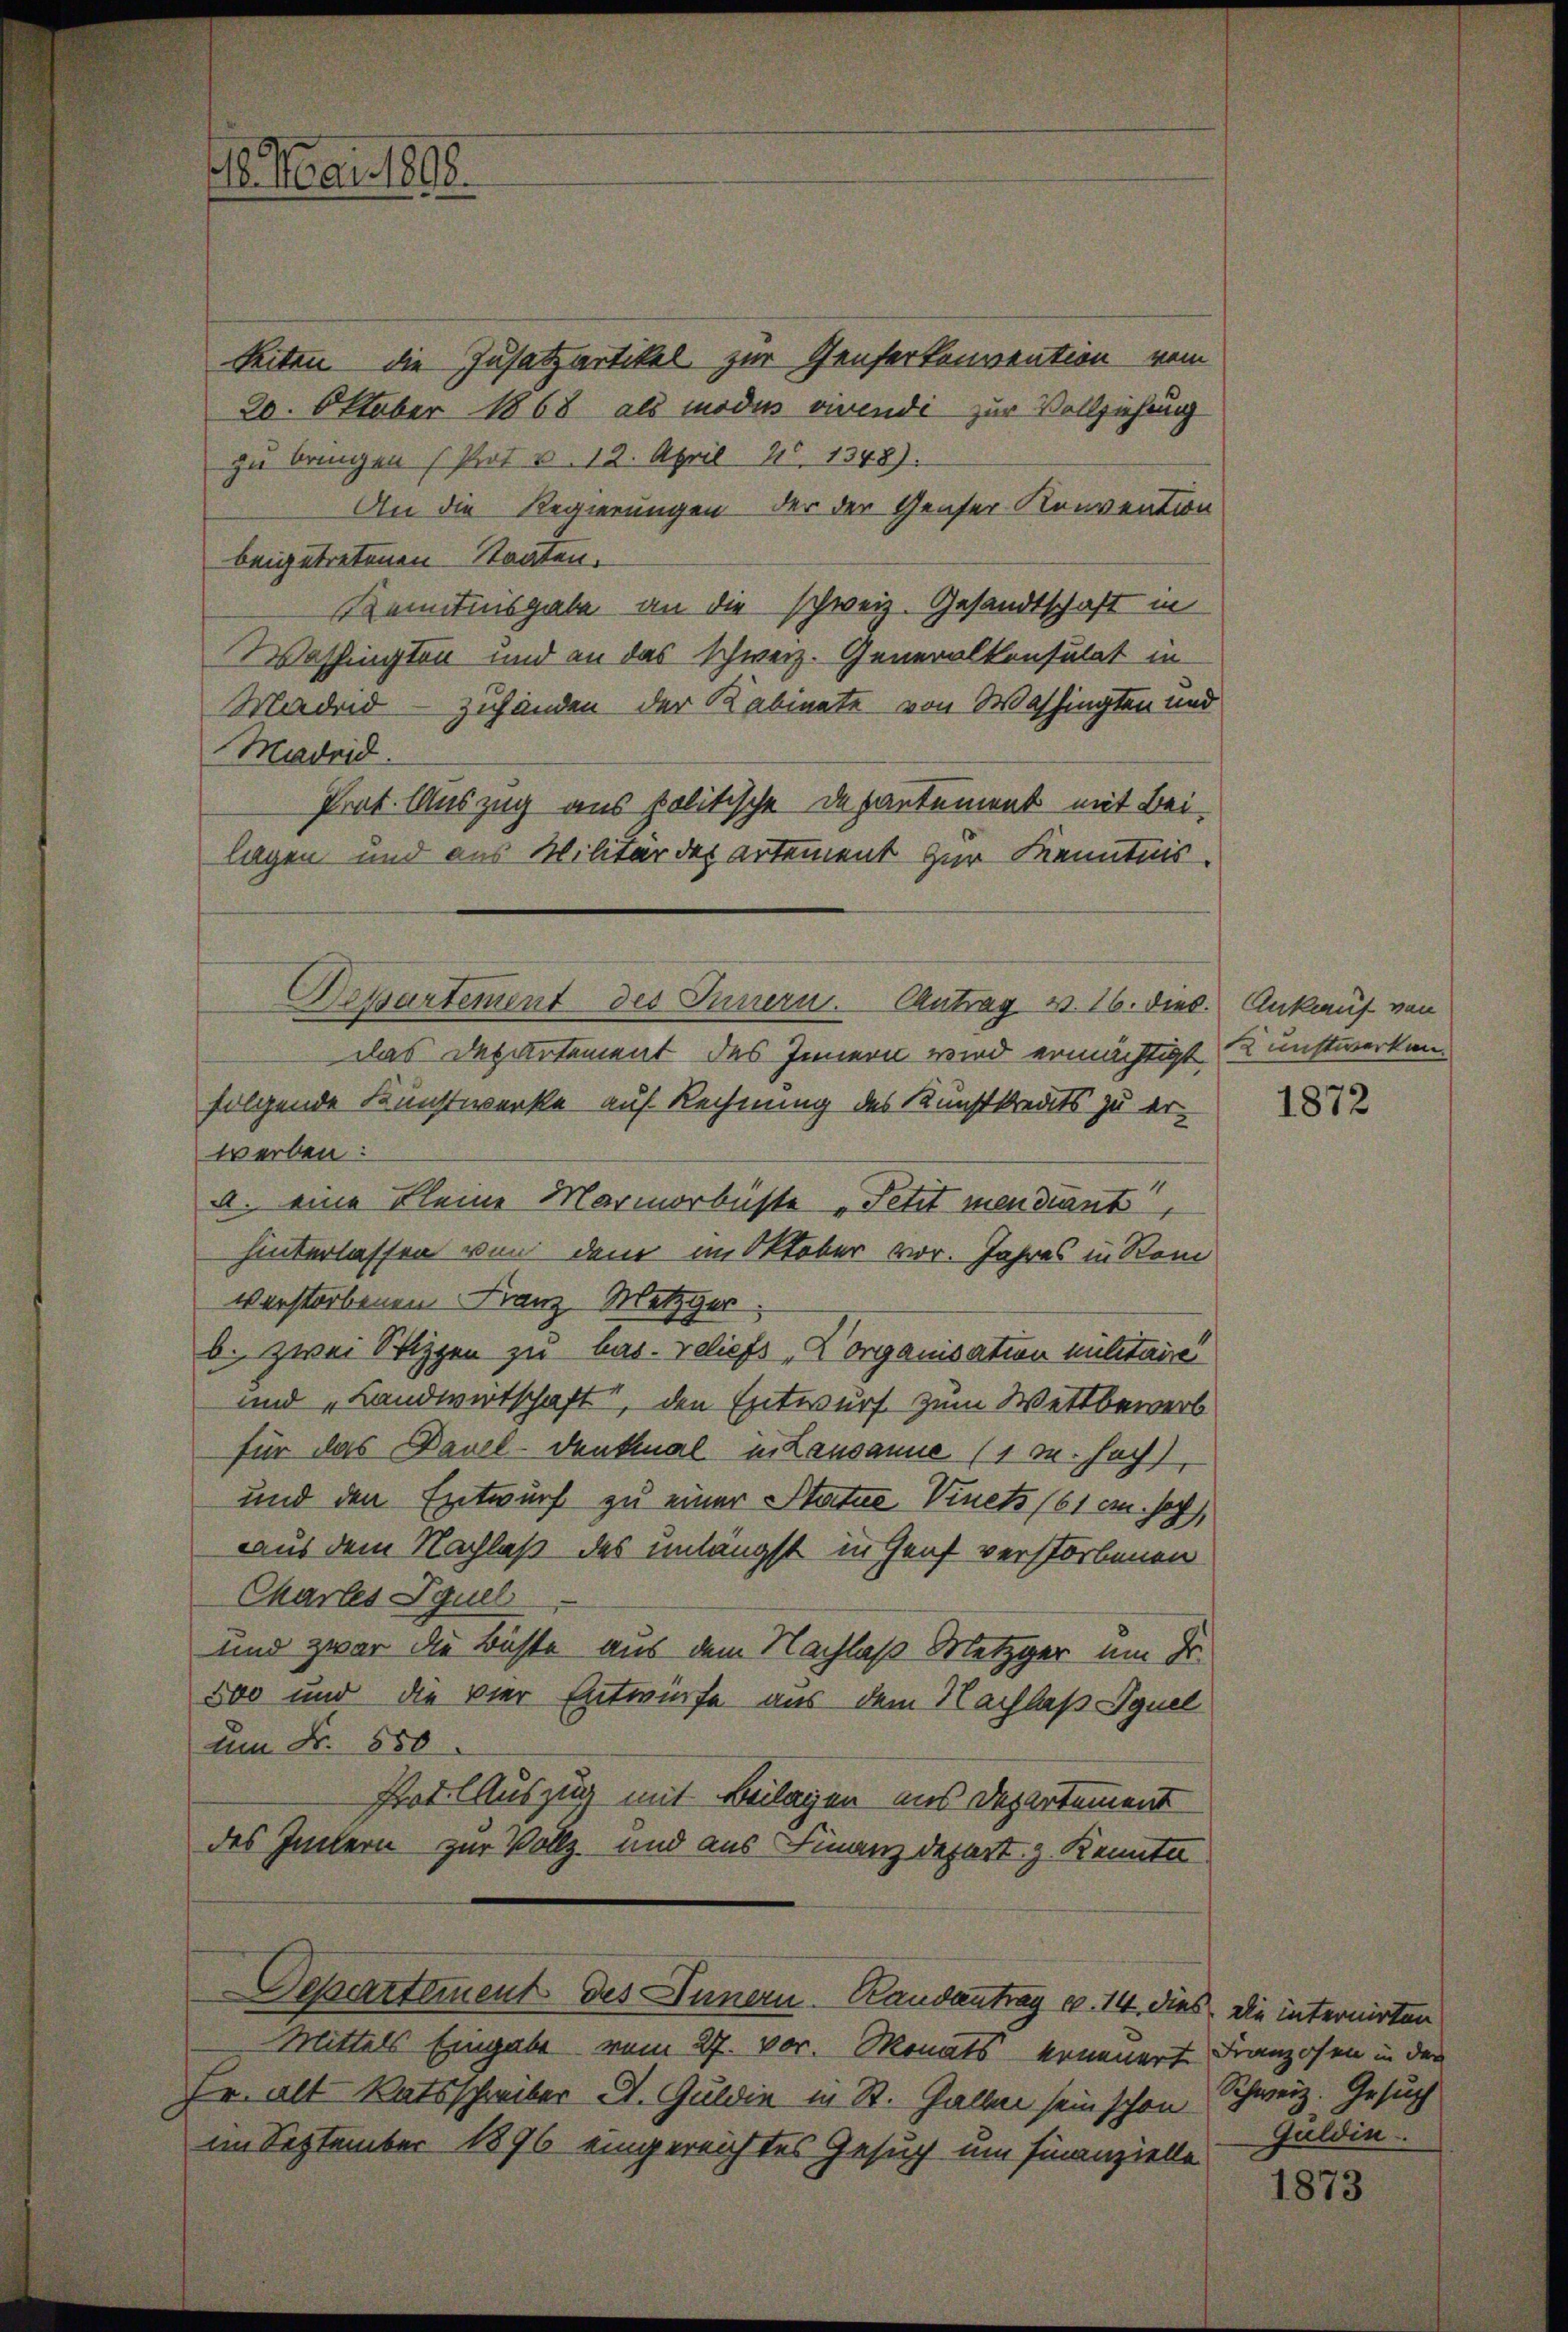
16. Mai 1808.

Seiten die Zusatzartikel zur Genfertenvention vom
20. Oktober 1868 als modus vivendi zur Vollziehung
zu bringen (Prot v. 12. April 26. 1348).
An die Regierungen der der Genser Konvention
beigetretenen Staaten.
Kenntnisgabe an die schweiz. Gesandtschaft in
Washington und an das schweiz. Generalkonsulat in
Maded - zuhänden der Kabinete von Washingten und
Madrid.
Prof. Auszug aus politische Departement mit Beilagen und aus Militär des artement zur Kenntnis.
das Departement des Innern wird ermächtigt
folgende Kunstwerke auf Rechnung des Kunstkredits zu erwerben:
a. eine kleine Marmorbüste „Petit mendiant,
hinterlassen von dem im Oktober vor. Jahres in Rom
verstorbenen Franz Metzger
b. zwei Sippen zu bas. reliefs „Korganisation militaire
und „Landwirtschaft, den Entwurf zum Wettbewerb
für das Davel-Denkmal in Lausanne (1 M. hoch,
und den Entwurf zu einer Statue Vinets (61 an hoch,
aus dem Nachlaß des unlängst in Genf verstorbenen
Charles Iguel
und zwar die Büchte aus dem Nachlaß Metzger um Dr.
800 und die vier Entwürfe aus dem Nachlaß Iguel
um Fr. 550
Prot. Auszug mit Beilagen aus Departement
des Intern zur Vollz- und aus Finanzdepart z. Kenntn
Departement des Innern Randantrag u. 14, dies, die internirten
Mittels Eingabe vom 27. vor. Monats erneuert
Fr. alt Ratsschreiber A. Guldin in St. Gallen sein schon Schweiz. Gesuch
im September 1896 eingereichtes Gesuch um Finanzielle

Departement des Innern. Cantrag v. 16. dies. Ankauf von

Kunstwerken.

1872

Franzosen in der
Guldin

1873